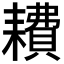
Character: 𫅿